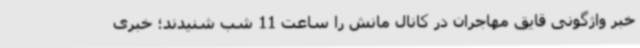
خبر واژگونی قایق مهاجران در کانال مانش را ساعت 11 شب شنیدند؛ خبری